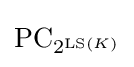
\operatorname {PC} _{2^{\operatorname {LS} (K)}}